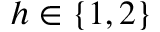
h \in \{ 1 , 2 \}